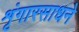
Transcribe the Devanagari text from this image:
शृंगारसाधने